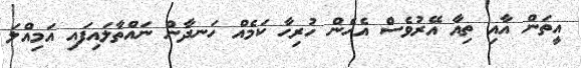
އީތަން އާއި ތިއާ އޭރުވެސް އެހެން ހުރިހާ ކަމެއް ހަނދާން ނައްތާލައިފައި އަމިއްލަ